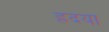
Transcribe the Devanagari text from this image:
ह्रदया